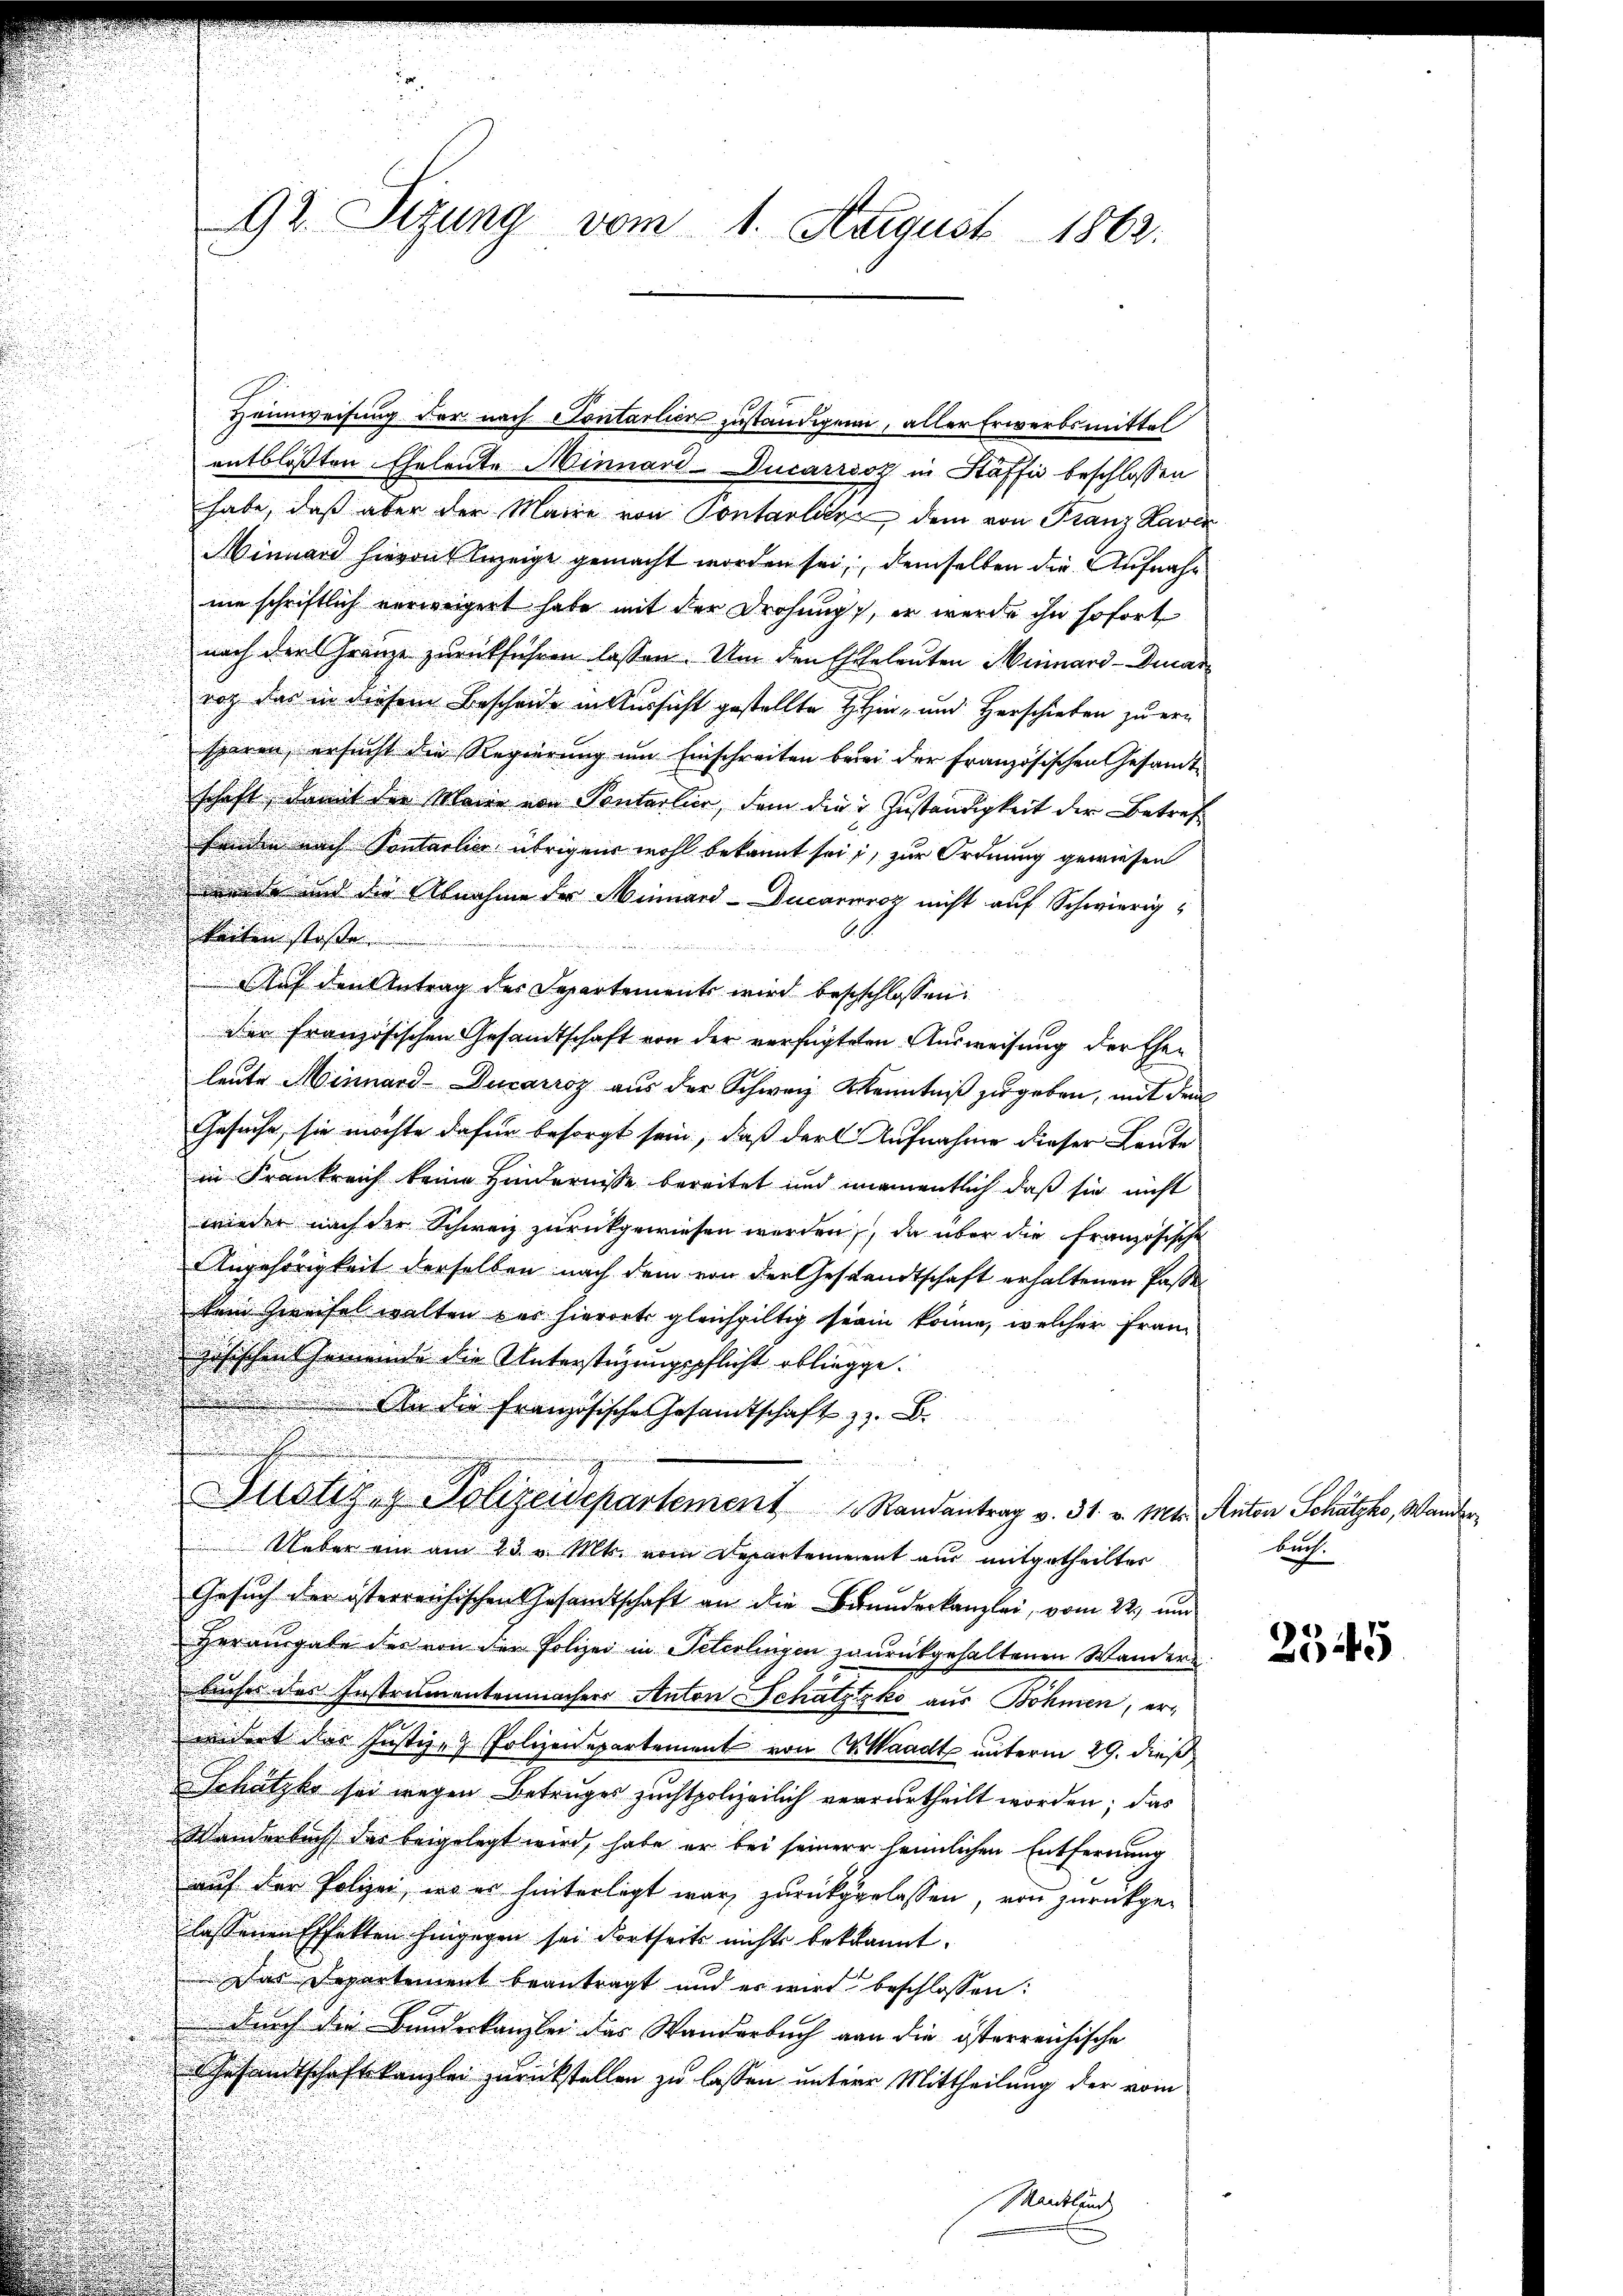
Heimweisung der nach Sontarlier zustandigen, aller Erwerbsmittel
entblossten Eheleute Minnard-Ducarrsoz in Haffig beschlossen
habe, daß aber der Maire von Pontarlin dem von Franz Kaver
Minward hievon bezeige gemacht worden sei, demselben die Aufnahne schriftlich verweigert habe mit der Drohung, er werde ihn sofort
nach der Gränze zurückführen lassen. Um den Escheleuten Heimard-Dinar
roh das in diesem Bescheide in Aussicht gestellte Hin- und Herschieben zu ersparen, ersucht die Regierung um Einschreiten berei der französischen Gesandt-
schaft, damit der Maier von Pontarlier, dem die Zuständigkeit der Betref
henden nach Sontarlier übrigens wohl bekannt sei, zur Ordnung gewiesen
müde und die Abnahme der Minnard-Ducarnoz nicht auf Schwierig
keiten stoße
d
Auf den Antrag des Separtements wird beschlossen:
der französischen Gesandtschaft von der verfügteten Ausweisung der Ehen
leute Minnard-Ducarroz aus der Schweiz Kenntniß zugeben, mit dem
Gesuche, sie möchte dafür besorgt sein, daß der Aufnahme dieser Leute
u
in Frankreich keine Hindernisse bereitet und unamentlich daß sie nicht
wieder nach der Schweiz zurückgewiesen werden, da über die französische
Angehörigkeit derselben nach dem von der Gestandtschaft erhaltenen Pässe
kem Zweifel walten das hierorts gleichgültig sein könne, welcher Französischen Gemeinde die Unterstüzungspflicht obliege.
An die Französische Gesandtschaft z. B.
Justiz & Polizeidepartement Randantrag v. 31. v. Mts. Anton Schätze, Wander
Ueber ein am 23. v. Mts. vom Departement aus mitgetheilter
Gesuch der österreichischen Gesamtschaft an die Branderkanzlei, vom 22. und
Herausgabe des von der Polizei in Peterlingen zurükgehaltenen Wanders
Buches des Instrumentenmachers Anton Schatzzko aus Böhmen, erindert des Justiz- & Polizenepartement von Waadt unterm 29. dieß
Schatzko sei wegen Betruges zuchtpolizeilich verurtheilt worden; das
Wanderbach das beigelegt wird, habe er bei seiner heimlichen Entfernung
auf der Polizei, wo er hinterlegt war, zurückgerlassen, von zurückgelassenen Effekten hingegen sei dortseits nichts bekannt.
Das Departement beantragt und es wird beschlossen:
durch die Bundeskanzlei das Wanderbuch von die österreichische
Gesandtschaftskanzlei zurückstellen zu lassen untere Mittheilung der vom
Sandlund

92. Sitzung vom 1. August 1863.

Buch.

2545